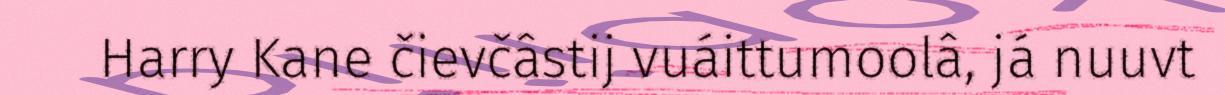
Harry Kane čievčâstij vuáittumoolâ, já nuuvt